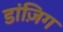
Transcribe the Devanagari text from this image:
डांज़िग